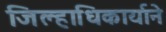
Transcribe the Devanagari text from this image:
जिल्हाधिकार्याने